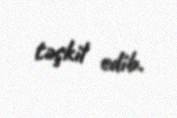
təşkil edib.